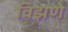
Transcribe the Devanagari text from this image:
विझणे